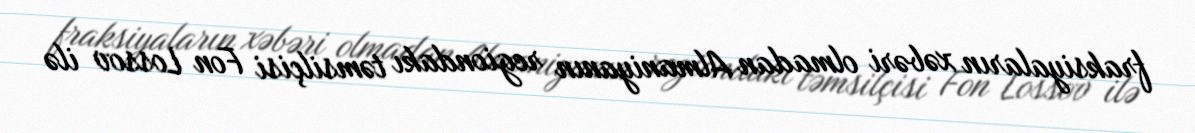
fraksiyaların xəbəri olmadan Almaniyanın regiondakı təmsilçisi Fon Lossov ilə